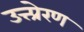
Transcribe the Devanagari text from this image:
उत्त्प्रेरण